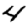
Digit: 4